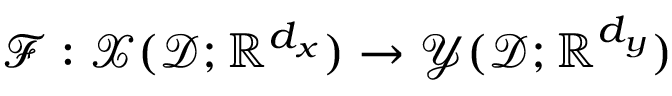
\mathcal { F } : \mathcal { X } ( \mathcal { D } ; \mathbb { R } ^ { d _ { \boldsymbol { x } } } ) \to \mathcal { Y } ( \mathcal { D } ; \mathbb { R } ^ { d _ { \boldsymbol { y } } } )